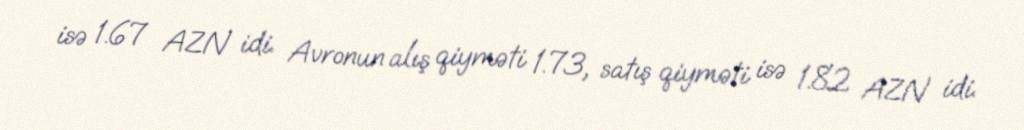
isə 1.67 AZN idi. Avronun alış qiyməti 1.73, satış qiyməti isə 1.82 AZN idi.